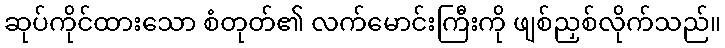
ဆုပ်ကိုင်ထားသော စံတုတ်၏ လက်မောင်းကြီးကို ဖျစ်ညှစ်လိုက်သည်။